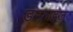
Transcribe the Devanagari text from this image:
डम्फ़्राइज